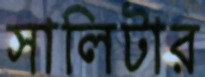
সালিটার